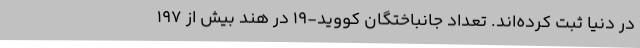
در دنیا ثبت کرده‌اند. تعداد جانباختگان کووید-۱۹ در هند بیش از ۱۹۷